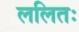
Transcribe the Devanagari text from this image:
ललितः